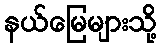
နယ်မြေများသို့